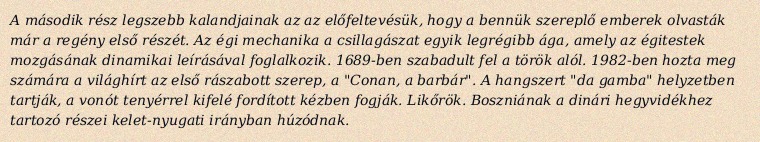
A második rész legszebb kalandjainak az az előfeltevésük, hogy a bennük szereplő emberek olvasták már a regény első részét. Az égi mechanika a csillagászat egyik legrégibb ága, amely az égitestek mozgásának dinamikai leírásával foglalkozik. 1689-ben szabadult fel a török alól. 1982-ben hozta meg számára a világhírt az első rászabott szerep, a "Conan, a barbár". A hangszert "da gamba" helyzetben tartják, a vonót tenyérrel kifelé fordított kézben fogják. Likőrök. Boszniának a dinári hegyvidékhez tartozó részei kelet-nyugati irányban húzódnak.